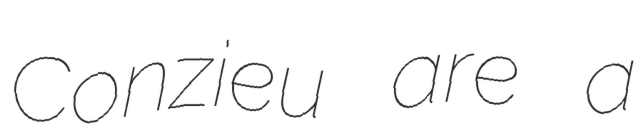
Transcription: Conzieu are a